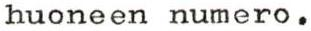
huoneen numero.